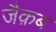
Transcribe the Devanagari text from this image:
जैक़ब